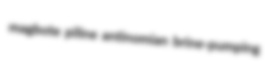
magbote piline antinomian brine-pumping